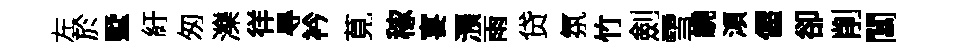
左於墅紆匆濼徉㝵衿莧稼宴澦雨贷氛竹劍雪繞澒偓卻削閶